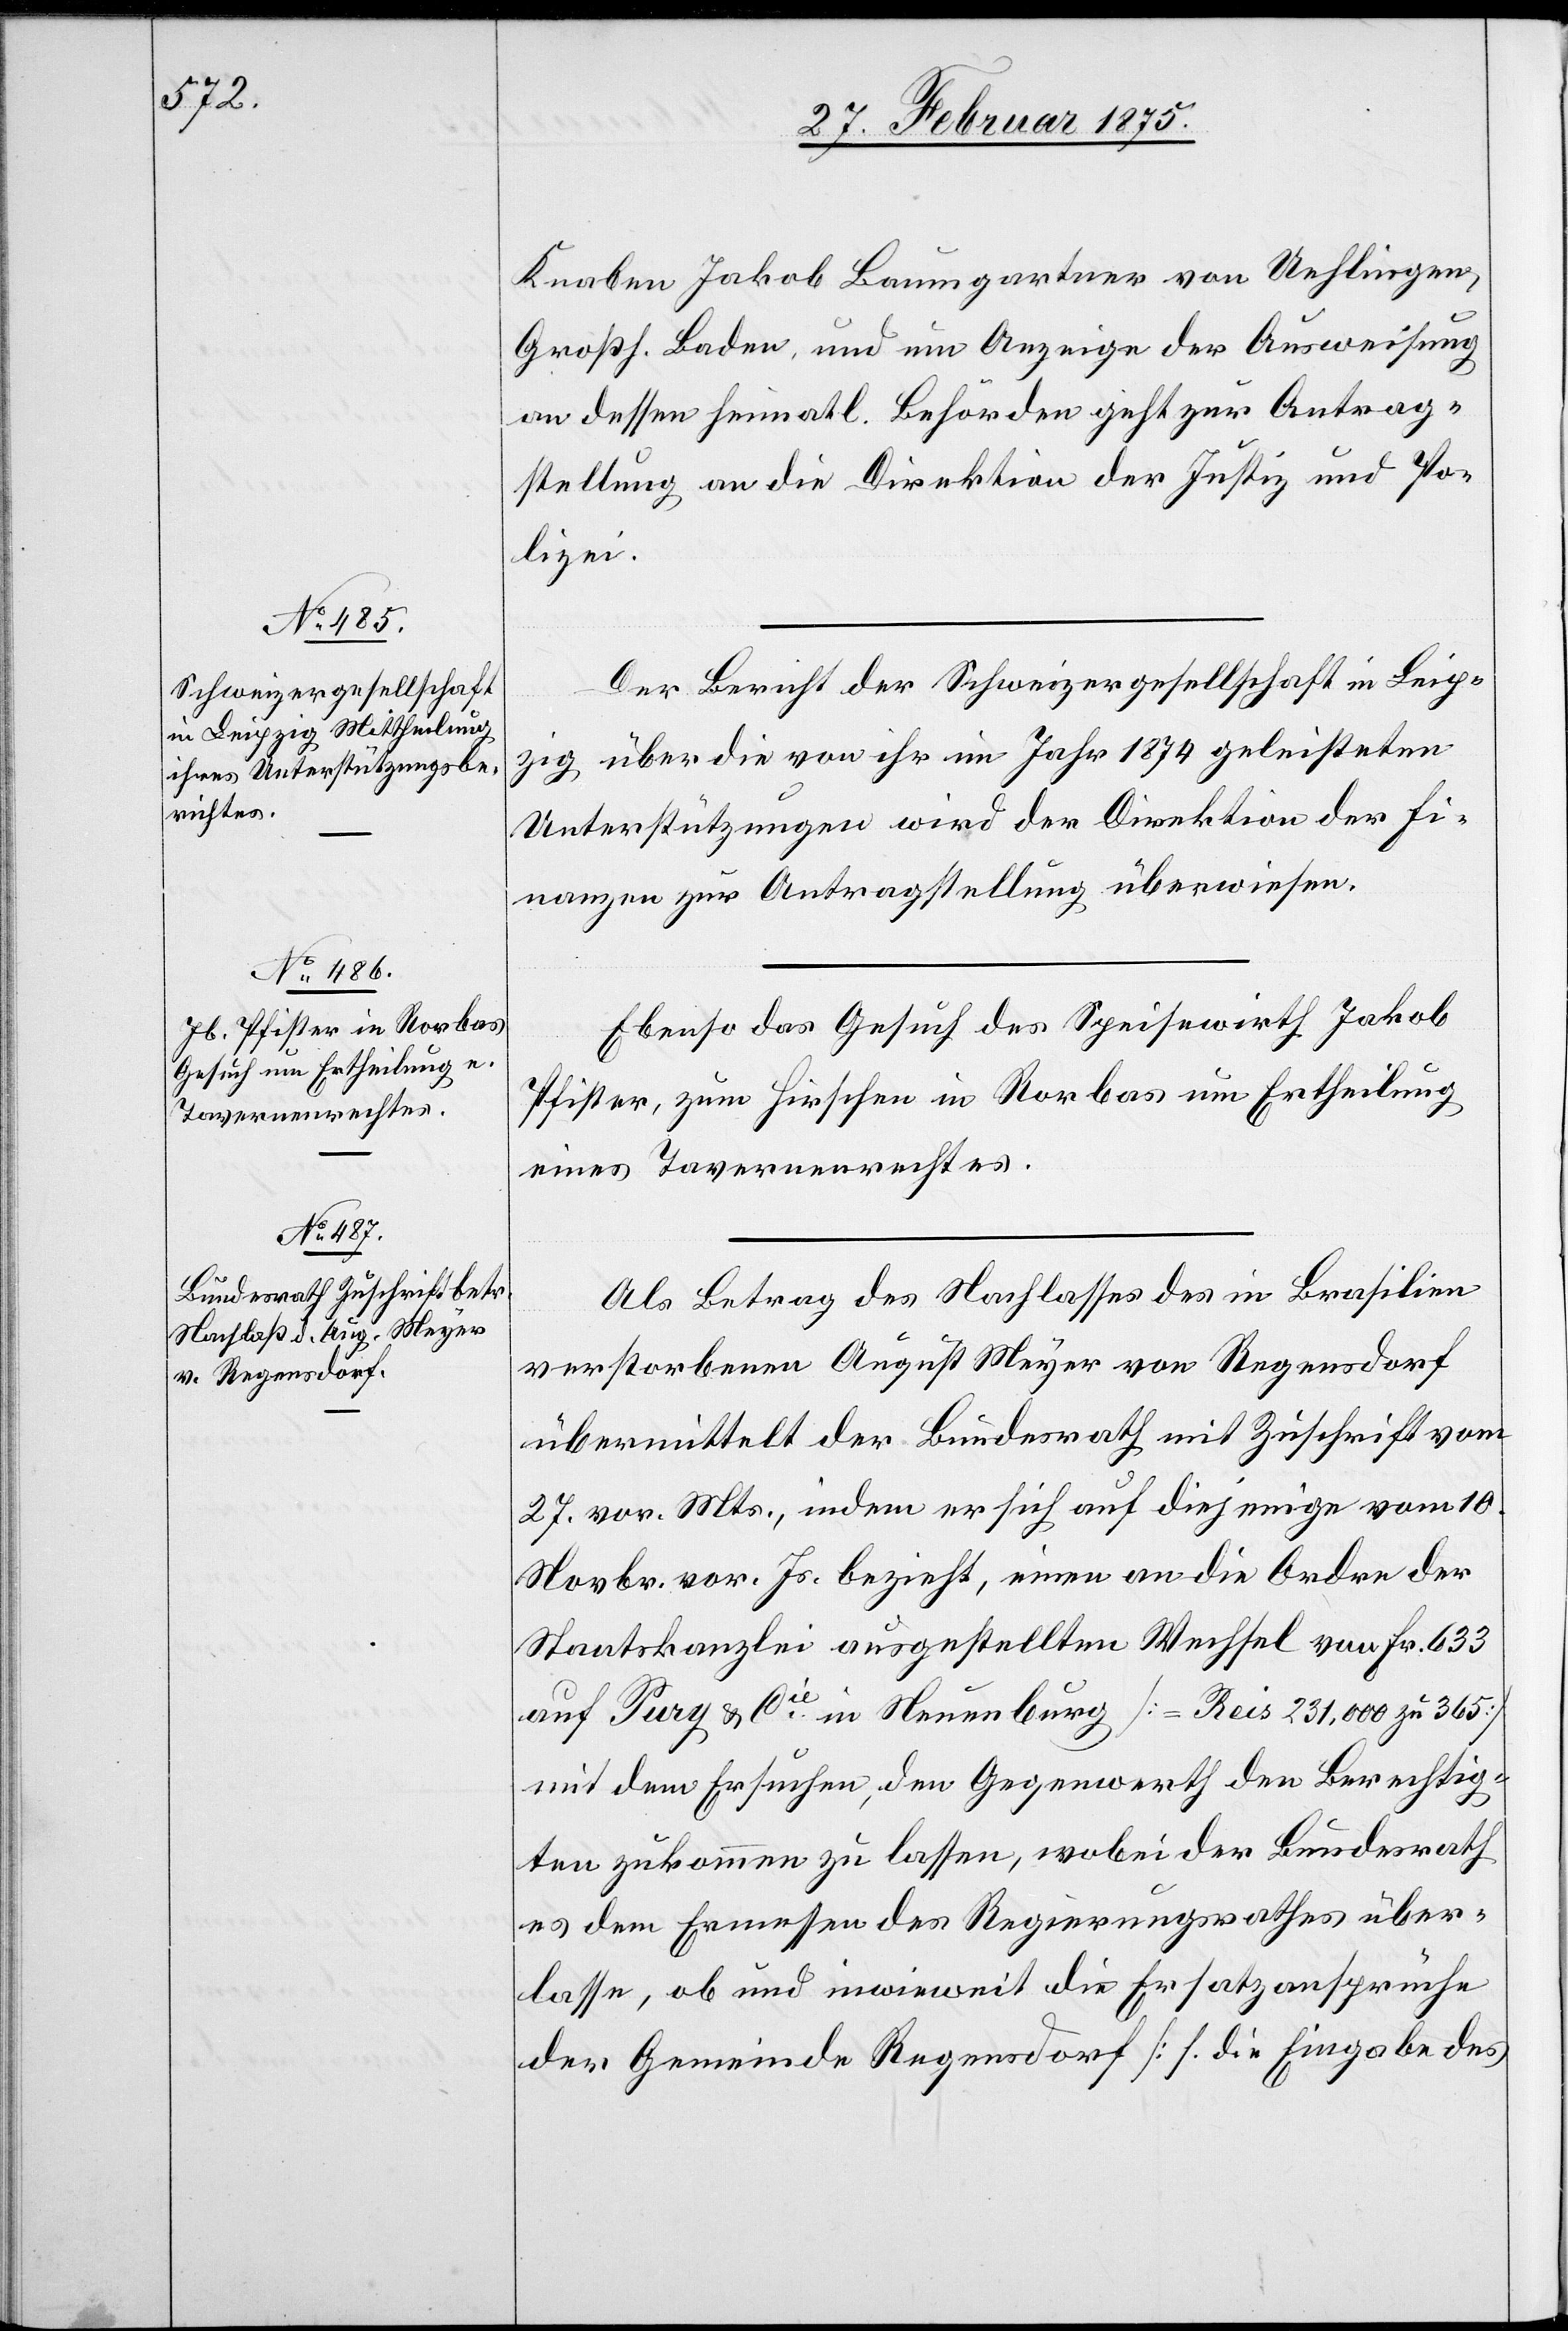
Knaben Jakob Baumgartner von Uehlingen,
Großh. Baden, und ein[e] Anzeige der Ausweisung
an dessen heimatl. Behörden geht zur Antrag¬
stellung an die Direktion der Justiz und Po¬
lizei.
Der Bericht der Schweizergesellschaft in Leip¬
zig über die von ihr im Jahr 1874 geleisteten
Unterstützungen wird der Direktion der Fi¬
nanzen zur Antragstellung überwiesen.
Ebenso das Gesuch des Speisewirth Jakob
Pfister, zum Hirschen in Rorbas um Ertheilung
eines Tavernenrechtes.